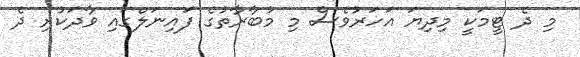
މި ދެ ޓީމަކީ މިދިޔަ އަހަރުވެސް މި މުބާރާތުގެ ފައިނަލްގައި ވާދަކުރި ދެ